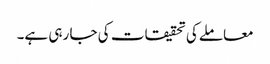
معاملےکی تحقیقات کی جا رہی ہے۔